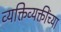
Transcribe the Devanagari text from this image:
व्यक्तिव्यक्तींच्या